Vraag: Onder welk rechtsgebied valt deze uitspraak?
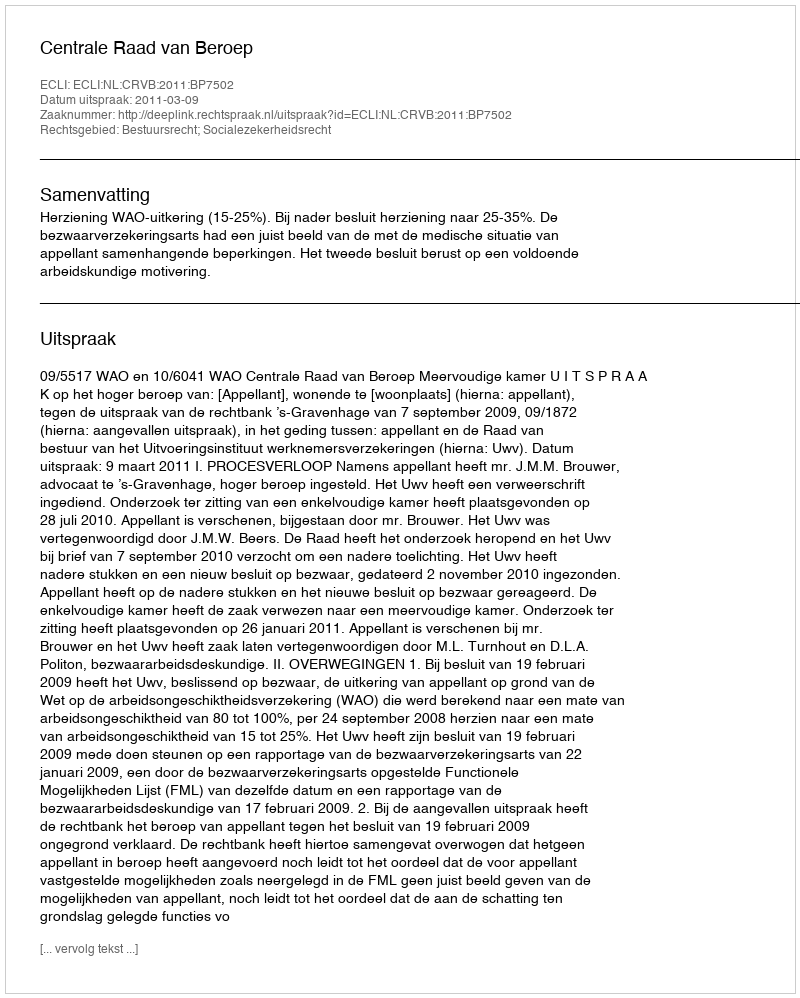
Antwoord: Bestuursrecht; Socialezekerheidsrecht